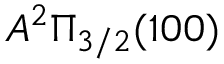
A ^ { 2 } \Pi _ { 3 / 2 } ( 1 0 0 )